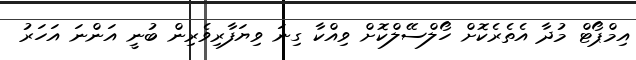
އިމްޕޯޓް މުދާ އެތެރެކޮށް ހޯލްސޭލްކޮށް ވިއްކާ ގިނަ ވިޔަފާރިވެރިން ބުނީ އަންނަ އަހަރު